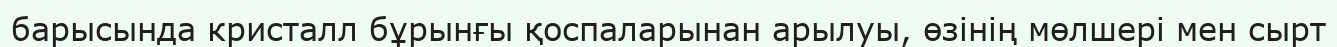
барысында кристалл бұрынғы қоспаларынан арылуы, өзінің мөлшері мен сырт